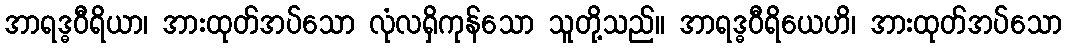
အာရဒ္ဓဝီရိယာ၊ အားထုတ်အပ်သော လုံလရှိကုန်သော သူတို့သည်။ အာရဒ္ဓဝီရိယေဟိ၊ အားထုတ်အပ်သော